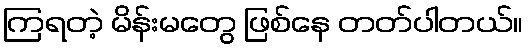
ကြရတဲ့ မိန်းမတွေ ဖြစ်နေ တတ်ပါတယ်။